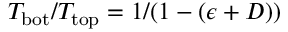
T _ { \mathrm { b o t } } / T _ { \mathrm { t o p } } = 1 / ( 1 - ( \epsilon + D ) )